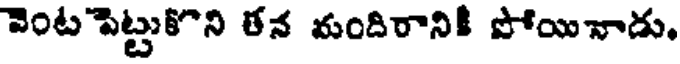
వెంట పెట్టుకొని తన మందిరానికీ పోయినాడు,